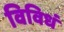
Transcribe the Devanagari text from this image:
विविधं